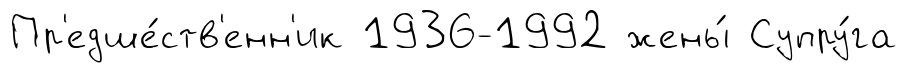
Пр'едше́ств'енн'ик 1936-1992 жены́ Супру́га